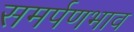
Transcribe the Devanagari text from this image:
समर्पणभाव